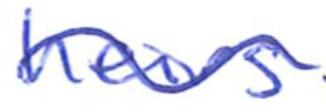
Text: heirs
Cross-out: wave
Writing tool: ballpoint